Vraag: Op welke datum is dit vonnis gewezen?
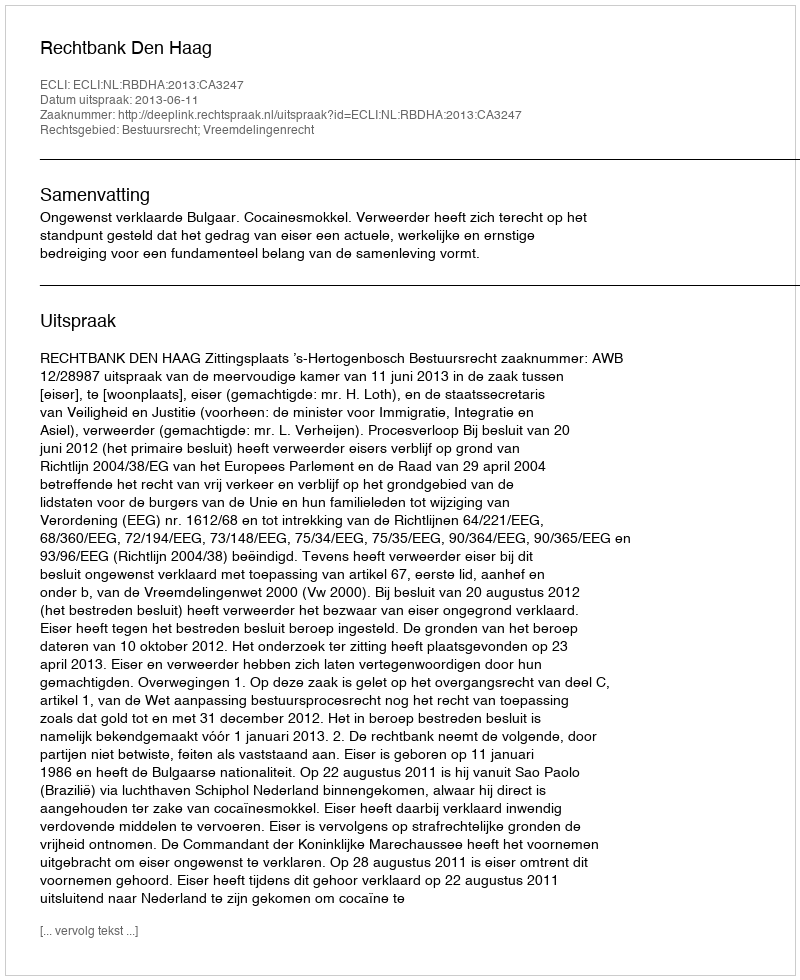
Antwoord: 2013-06-11